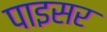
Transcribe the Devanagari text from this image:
पाइसर